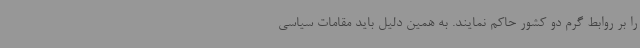
را بر روابط گرم دو کشور حاکم نمایند. به همین دلیل باید مقامات سیاسی